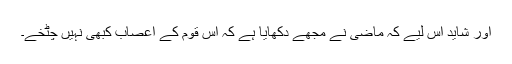
اور شاید اس لیے کہ ماضی نے مجھے دکھایا ہے کہ اس قوم کے اعصاب کبھی نہیں چٹخے۔